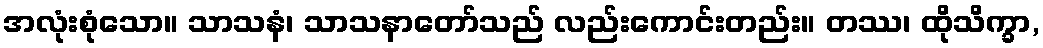
အလုံးစုံသော။ သာသနံ၊ သာသနာတော်သည် လည်းကောင်းတည်း။ တဿ၊ ထိုသိက္ခာ,